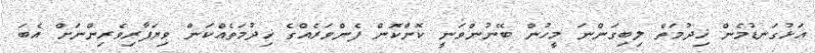
އަޅުގަނޑުމެން ޚިދުމަތް ލިބިގަންނަ މީހުން ބޭނުންވަނީ ކޮންކޮން ފެންވަރެއްގެ ޚިދުމަތެއްކަން ވިޔަފާރިވެރިންނަށް އެބަ